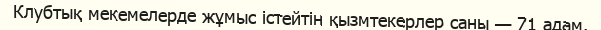
Клубтық мекемелерде жұмыс істейтін қызмтекерлер саны — 71 адам.